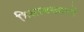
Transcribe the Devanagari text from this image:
हिसाबखातों